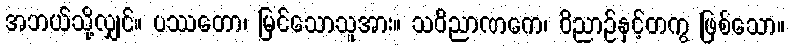
အဘယ်သို့လျှင်။ ပဿတော၊ မြင်သောသူအား။ သဝိညာဏကေ၊ ဝိညာဉ်နှင့်တကွ ဖြစ်သော။